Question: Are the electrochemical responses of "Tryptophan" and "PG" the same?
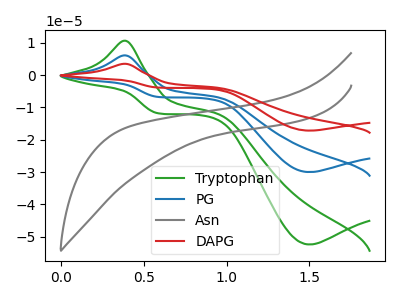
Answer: <think>The green curve "Tryptophan" has an anodic peak at (0.40V, 10.60uA) and a cathodic peak at (1.50V, -52.40uA). The blue curve "PG" has an anodic peak at (0.40V, 6.10uA) and a cathodic peak at (1.50V, -30.00uA). The gray curve "Asn" has no peaks. The red curve "DAPG" has an anodic peak at (0.40V, 12.15uA) and a cathodic peak at (1.50V, -60.00uA).
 All the peaks in "Tryptophan" have a peak in "PG" at the same potential. Every peak in "Tryptophan" is higher than every peak in "PG".</think>
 <answer>"Tryptophan" and "PG" are similar in shape.</answer>
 <eval>same_shape</eval>